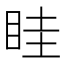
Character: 眭